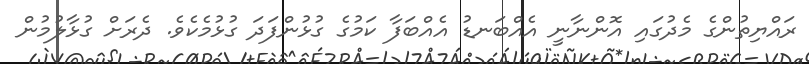
ރައްޔިތުންގެ މެދުގައި އޮންނާނީ އެއްބަނޑު އެއްބަފާ ކަމުގެ ގުޅުންފަދަ ގުޅުމެކެވެ. ދެރަށް ގުޅާލުމުން